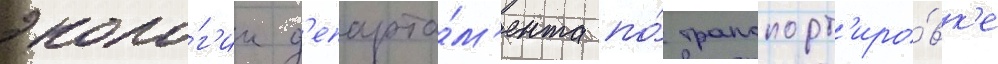
эколо́г'ии д'епарта́м'ента по́ транспорт'иро́вк'е